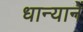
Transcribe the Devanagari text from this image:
धान्यानें